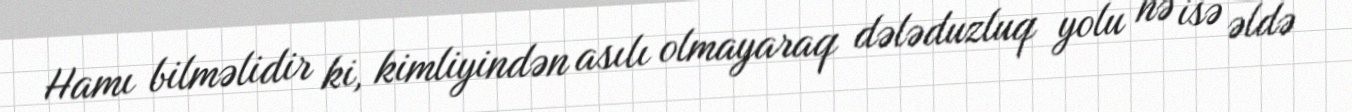
Hamı bilməlidir ki, kimliyindən asılı olmayaraq dələduzluq yolu nə isə əldə